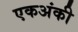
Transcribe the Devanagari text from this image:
एकअंकी